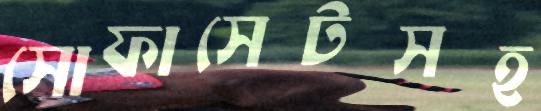
সোফাসেটসহ